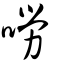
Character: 嘮